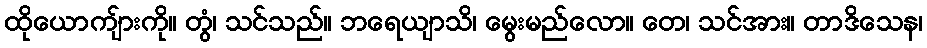
ထိုယောကျ်ားကို။ တွံ၊ သင်သည်။ ဘရေယျာသိ၊ မွေးမည်လော။ တေ၊ သင်အား။ တာဒိသေန၊